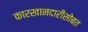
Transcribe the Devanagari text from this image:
कारखानदारीसोबत